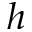
h